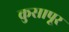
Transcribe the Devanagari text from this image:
कुसापूर